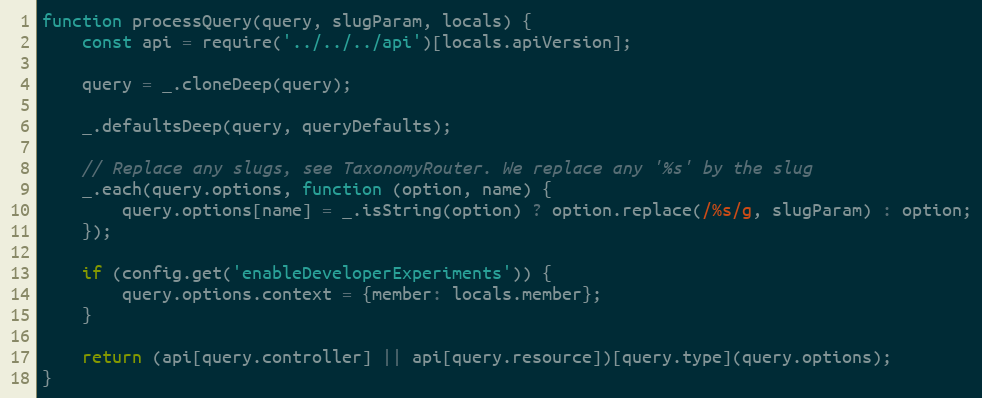
Language: JavaScript
function processQuery(query, slugParam, locals) {
    const api = require('../../../api')[locals.apiVersion];

    query = _.cloneDeep(query);

    _.defaultsDeep(query, queryDefaults);

    // Replace any slugs, see TaxonomyRouter. We replace any '%s' by the slug
    _.each(query.options, function (option, name) {
        query.options[name] = _.isString(option) ? option.replace(/%s/g, slugParam) : option;
    });

    if (config.get('enableDeveloperExperiments')) {
        query.options.context = {member: locals.member};
    }

    return (api[query.controller] || api[query.resource])[query.type](query.options);
}